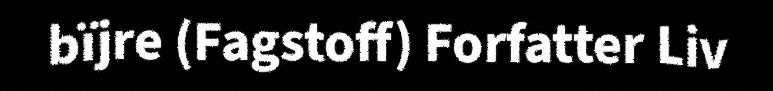
bïjre (Fagstoff) Forfatter Liv